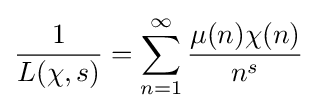
{\frac {1}{L(\chi ,s)}}=\sum _{n=1}^{\infty }{\frac {\mu (n)\chi (n)}{n^{s}}}